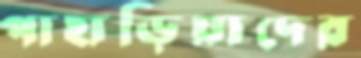
পাহাড়িয়াদের